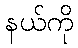
နယ်ကို